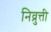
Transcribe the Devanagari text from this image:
निव्रुत्ती